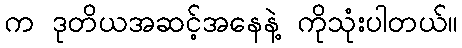
က ဒုတိယအဆင့်အနေနဲ့ ကိုသုံးပါတယ်။